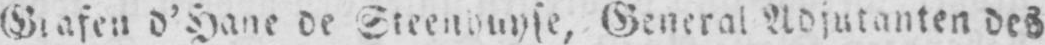
General Adjutanten des